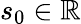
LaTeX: s_{0}\in\mathbb{R}